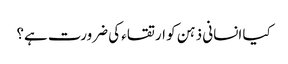
کیا انسانی ذہن کو ارتقاء کی ضرورت ہے؟